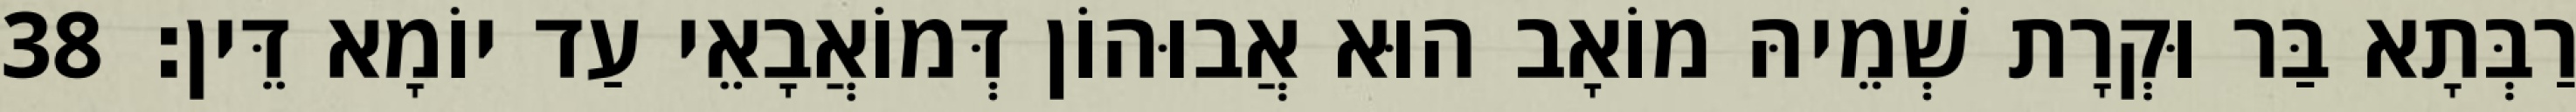
רַבְּתָא בַּר וּקְרָת שְׁמֵיהּ מוֹאָב הוּא אֲבוּהוֹן דְּמוֹאֲבָאֵי עַד יוֹמָא דֵּין׃ 38